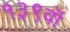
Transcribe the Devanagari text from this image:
१३९वॉ